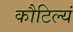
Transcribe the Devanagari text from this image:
कौटिल्यं